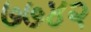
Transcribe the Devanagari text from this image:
७७४२